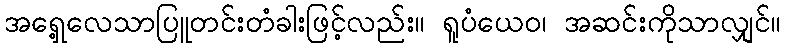
အရှေ့လေသာပြူတင်းတံခါးဖြင့်လည်း။ ရူပံယေဝ၊ အဆင်းကိုသာလျှင်။